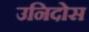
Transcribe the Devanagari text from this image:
उनिदोस